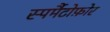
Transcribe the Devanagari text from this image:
स्पर्मैटोफ़ोर